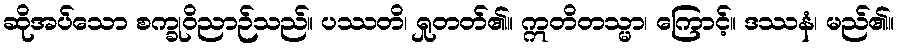
ဆိုအပ်သော စက္ခုဝိညာဉ်သည်။ ပဿတိ၊ ရှုတတ်၏။ ဣတိတသ္မာ၊ ကြောင့်။ ဒဿနံ၊ မည်၏။